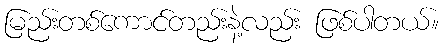
မြည်းတစ်ကောင်တည်းနဲ့လည်း ဖြစ်ပါတယ်။